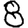
Digit: 8